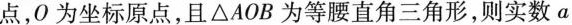
点，O为坐标原点，且△AOB为等腰直角三角形，则实数a